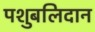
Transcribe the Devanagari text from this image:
पशुबलिदान